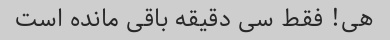
هی! فقط سی دقیقه باقی مانده است